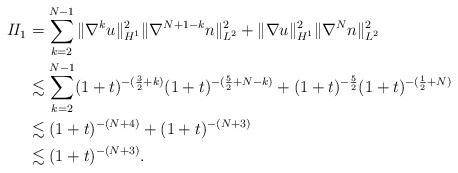
LaTeX: \begin{align*}\begin{aligned}I\!I_{1}&=\sum_{k=2}^{N-1} \|\nabla^k u\|_{H^1}^2\|\nabla^{N+1-k}n\|_{L^2}^2+\|\nabla u\|_{H^1}^2\|\nabla^{N}n\|_{L^2}^2\\&\lesssim \sum_{k=2}^{N-1} (1+t)^{-(\frac{3}{2}+k)}(1+t)^{-(\frac{5}{2}+N-k)} +(1+t)^{-\frac{5}{2}}(1+t)^{-(\frac{1}{2}+N)}\\&\lesssim (1+t)^{-(N+4)}+(1+t)^{-(N+3)}\\&\lesssim (1+t)^{-(N+3)}.\end{aligned}\end{align*}